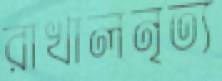
রাখালনৃত্য